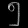
Digit: ၅